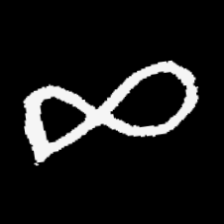
Pyu character \u2014 Myanmar letter: ဆ (romanized: cha)